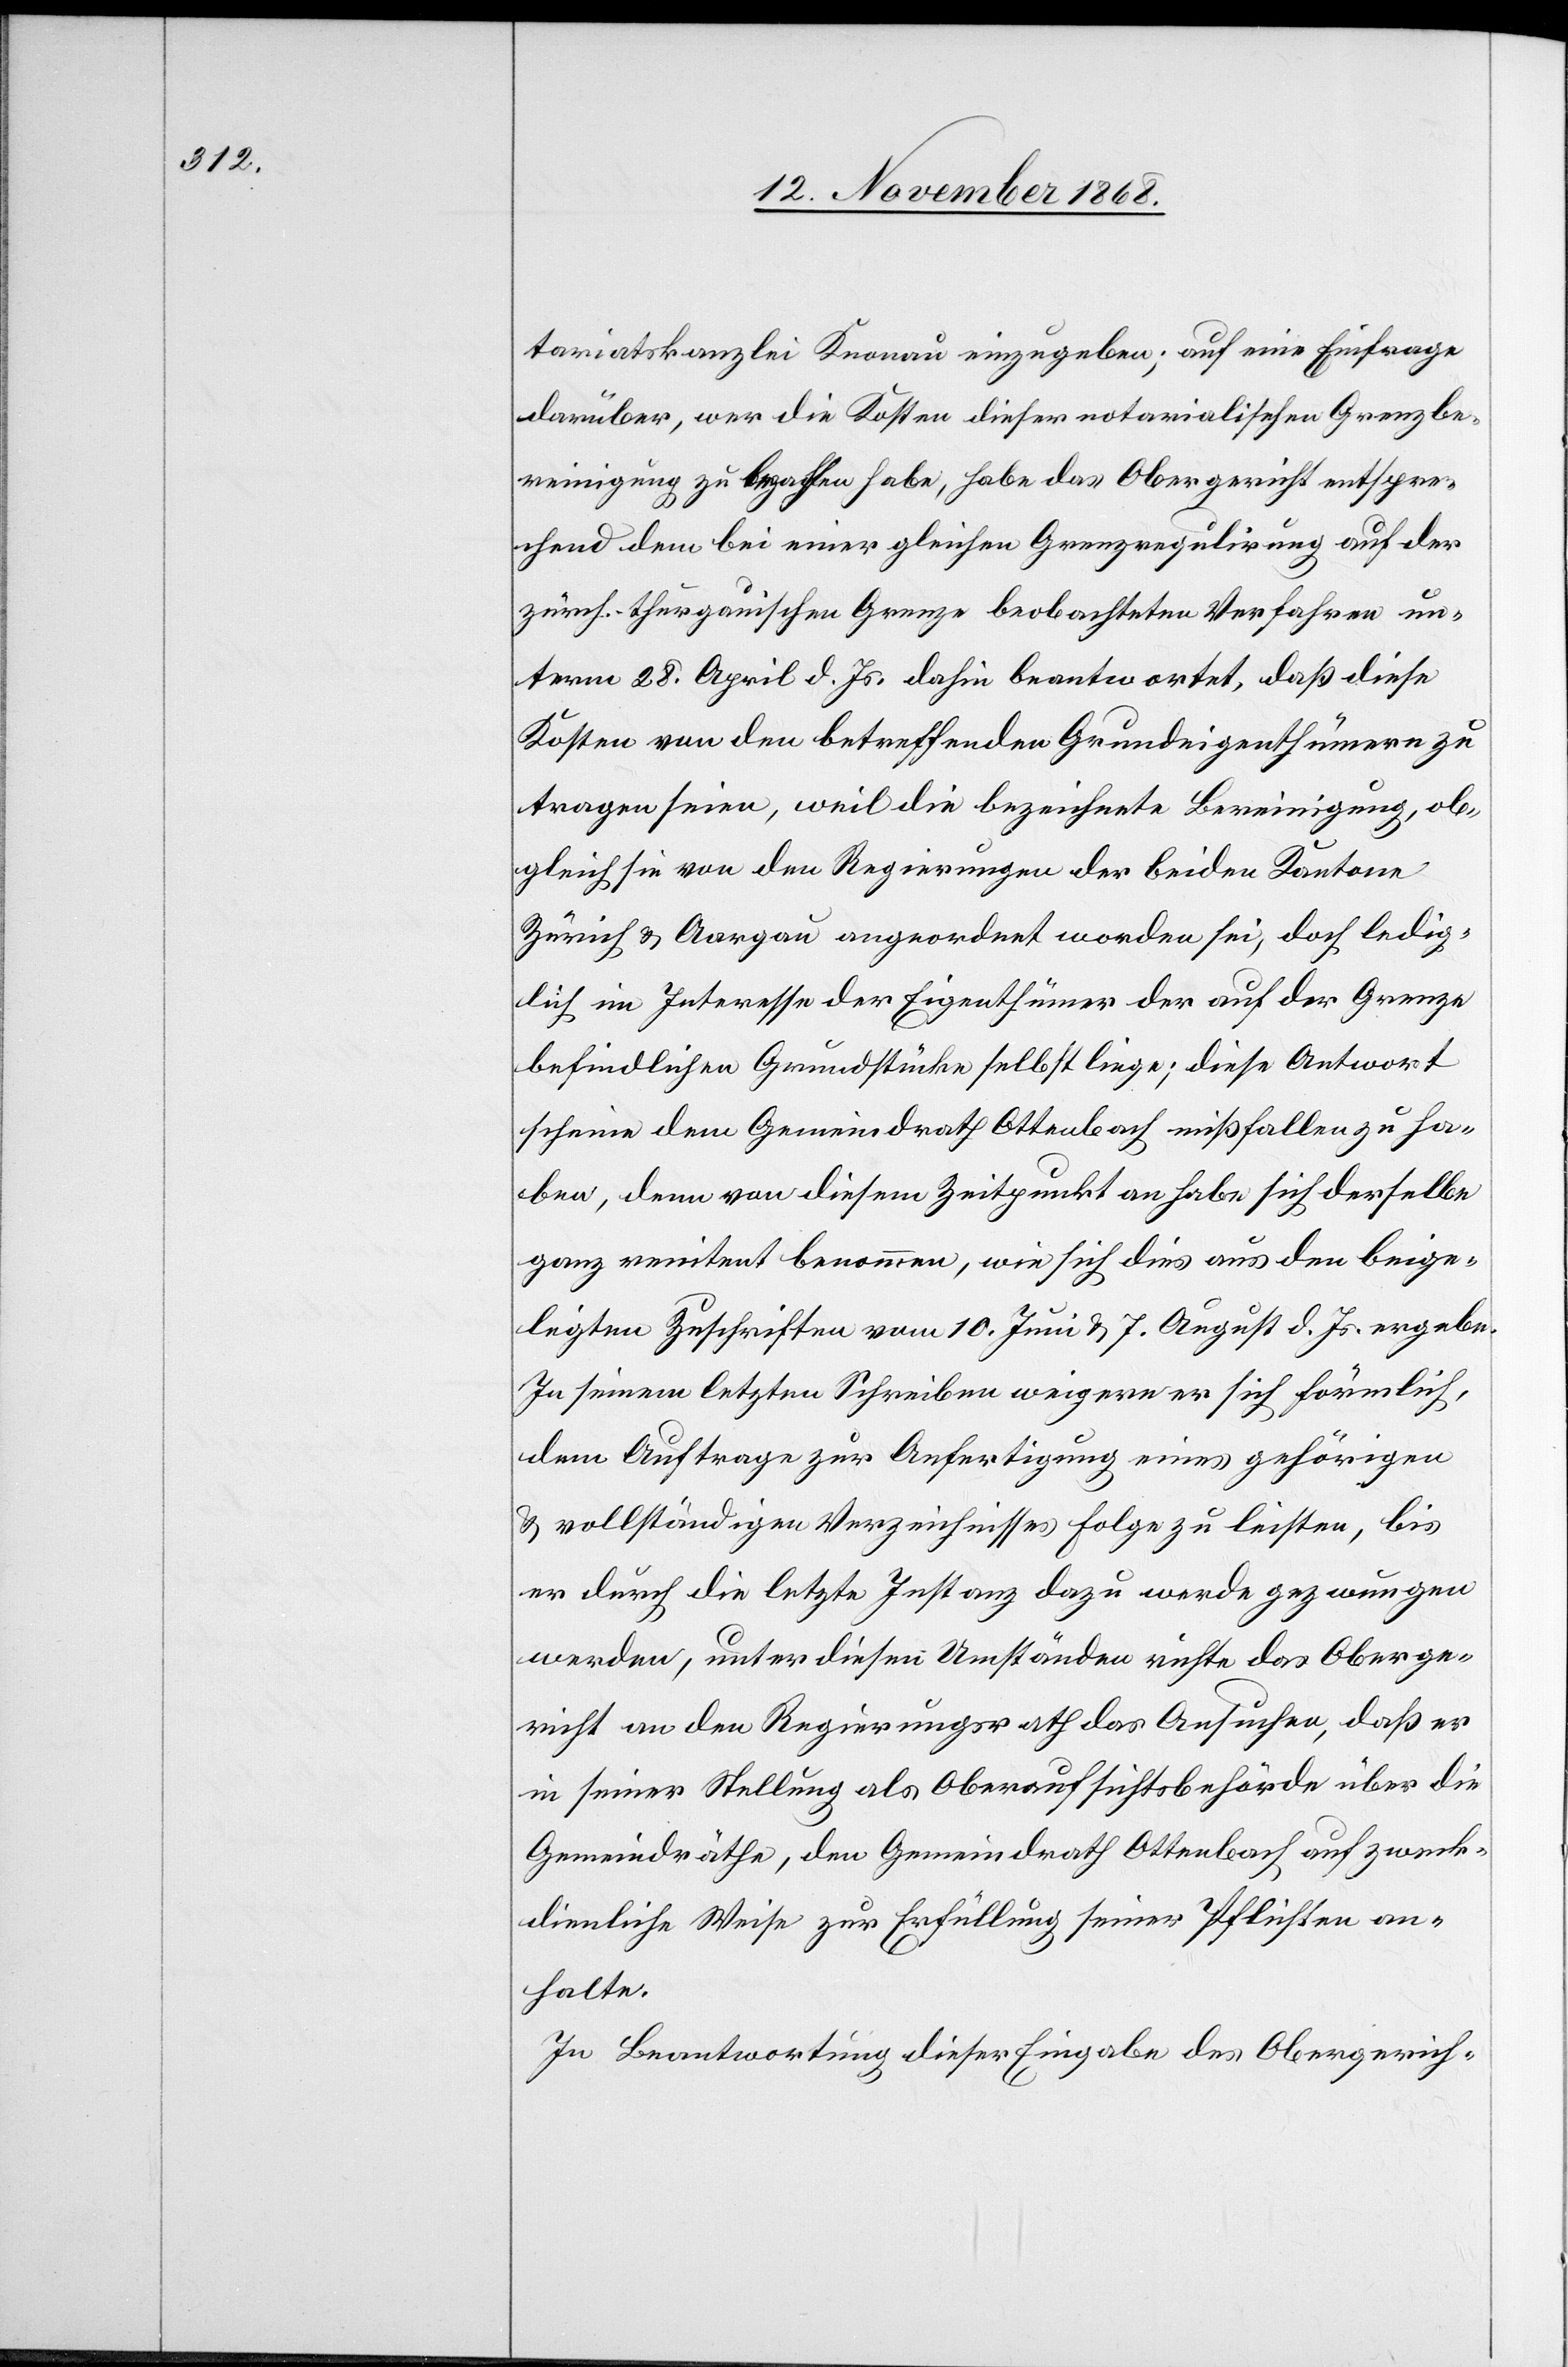
tariatskanzlei Knonau einzugeben; auf eine Einfrage
darüber, wer die Kosten dieser notarialischen Grenzbe¬
reinigung zu bezahlen habe, habe das Obergericht entspre¬
chend dem bei einer gleichen Grenzregulirung auf der
zürch.-thurgauischen Grenze beobachteten Verfahren un¬
term 28. April d. Js. dahin beantwortet, daß diese
Kosten von den betreffenden Grundeigenthümern zu
tragen seien, weil die bezeichnete Bereinigung, ob¬
gleich sie von den Regierungen der beiden Kantone
Zürich & Aargau angeordnet worden sei, doch ledig¬
lich im Interesse der Eigenthümer der auf der Grenze
befindlichen Grundstücke selbst liege; diese Antwort
scheine dem Gemeindrath Ottenbach mißfallen zu ha¬
ben, denn von diesem Zeitpunkt an habe sich derselbe
ganz renitent benommen, wie sich dies aus den beige¬
legten Zuschriften vom 10. Juni & 7. August d. Js. ergebe.
In seinem letzten Schreiben weigere er sich förmlich,
dem Auftrage zur Anfertigung eines gehörigen
& vollständigen Verzeichnisses Folge zu leisten, bis
er durch die letzte Instanz dazu werde gezwungen
werden, unter diesen Umständen richte das Oberge¬
richt an den Regierungsrath das Ansuchen, daß er
in seiner Stellung als Oberaufsichtsbehörde über die
Gemeindräthe, den Gemeindrath Ottenbach auf zweck¬
dienliche Weise zur Erfüllung seiner Pflichten an¬
halte.
In Beantwortung dieser Eingabe des Obergerich-